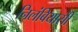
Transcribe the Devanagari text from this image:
निलंबियासी